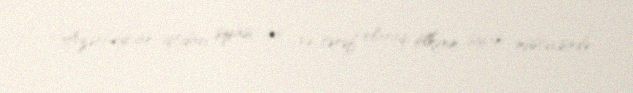
Azərbaycan iqtidarı siyasi güc və tərəf olaraq, ölkənin siyasi müstəvisində